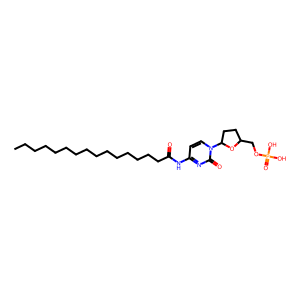
SMILES: CCCCCCCCCCCCCCCC(=O)Nc1ccn(C2CCC(COP(=O)(O)O)O2)c(=O)n1
Inhibits HIV replication: Yes